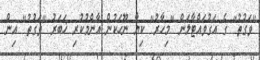
"ވަގުތު" ގެ އަގުވައްޓާލަން "މިހާރު" ކިޔާ ނޫހަކުން އާންމުކުރި ޚަބަރު "ވަގުތު" އިން